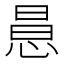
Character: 𢛝